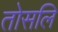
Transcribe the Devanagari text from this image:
तोसलि